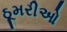
ઠૂમરીઓ